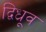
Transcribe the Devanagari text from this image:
द्विध्रूव